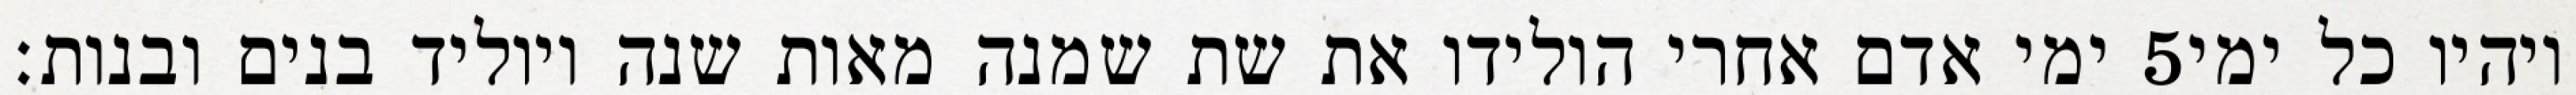
ימי אדם אחרי הולידו את שת שמנה מאות שנה ויוליד בנים ובנות׃ ‎5‏ ויהיו כל ימי